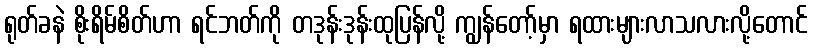
ရုတ်ခနဲ စိုးရိမ်စိတ်ဟာ ရင်ဘတ်ကို တဒုန်းဒုန်းထုပြန်လို့ ကျွန်တော့်မှာ ရထားများလာသလားလို့တောင်